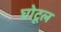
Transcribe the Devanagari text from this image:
घोटूल